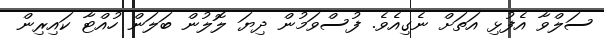
ސަލްވާ އެފުޅި އަތަށް ނެގިއެވެ. ފުސްވަމުން ދިޔަ ލޮލުން ބަލަން ހުއްޓާ ކައިރިން